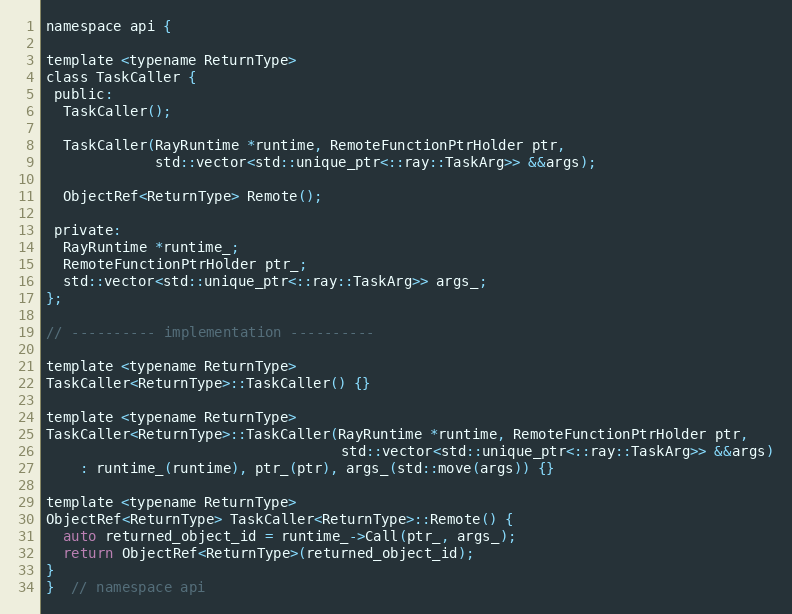
Language: C
namespace api {

template <typename ReturnType>
class TaskCaller {
 public:
  TaskCaller();

  TaskCaller(RayRuntime *runtime, RemoteFunctionPtrHolder ptr,
             std::vector<std::unique_ptr<::ray::TaskArg>> &&args);

  ObjectRef<ReturnType> Remote();

 private:
  RayRuntime *runtime_;
  RemoteFunctionPtrHolder ptr_;
  std::vector<std::unique_ptr<::ray::TaskArg>> args_;
};

// ---------- implementation ----------

template <typename ReturnType>
TaskCaller<ReturnType>::TaskCaller() {}

template <typename ReturnType>
TaskCaller<ReturnType>::TaskCaller(RayRuntime *runtime, RemoteFunctionPtrHolder ptr,
                                   std::vector<std::unique_ptr<::ray::TaskArg>> &&args)
    : runtime_(runtime), ptr_(ptr), args_(std::move(args)) {}

template <typename ReturnType>
ObjectRef<ReturnType> TaskCaller<ReturnType>::Remote() {
  auto returned_object_id = runtime_->Call(ptr_, args_);
  return ObjectRef<ReturnType>(returned_object_id);
}
}  // namespace api